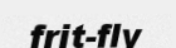
frit-fly